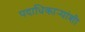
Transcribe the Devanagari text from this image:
पदाधिकार्‍यांशी